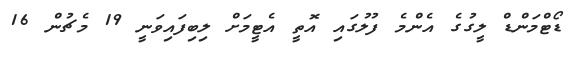
ޑޯޓްމަންޑް ލީގުގެ އެންމެ ފުލުގައި އޮތީ އެޓީމަށް ލިބިފައިވަނީ 19 މެޗުން 16